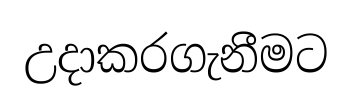
උදාකරගැනීමට